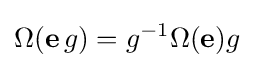
\Omega (\mathbf {e} \,g)=g^{-1}\Omega (\mathbf {e} )g